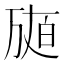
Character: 𤽩